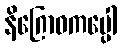
နိဂြောဓကပ္ပေါ